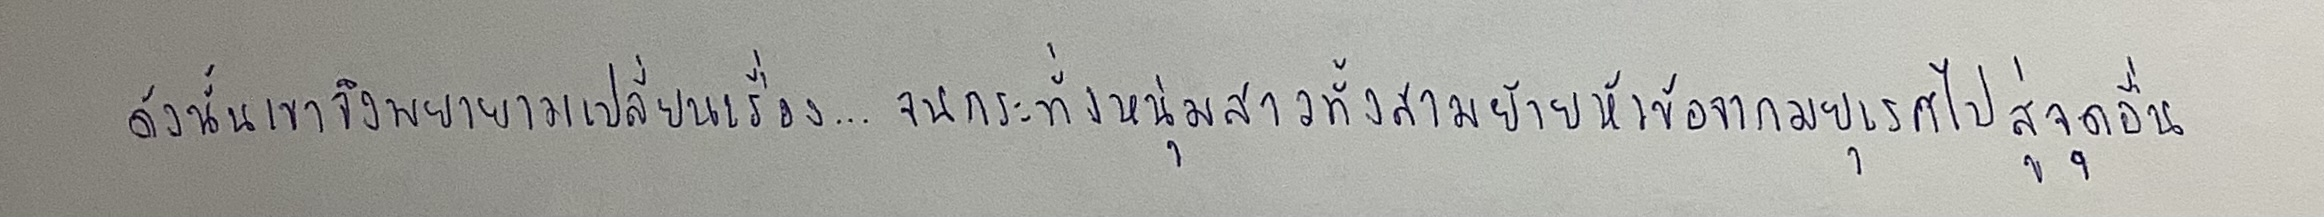
ดังนั้นเขาจึงพยายามเปลี่ยนเรื่อง...จนกระทั่งหนุ่มสาวทั้งสามย้ายหัวข้อจากมยุเรศไปสู่จุดอื่น